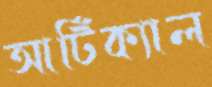
আর্টিক্যাল